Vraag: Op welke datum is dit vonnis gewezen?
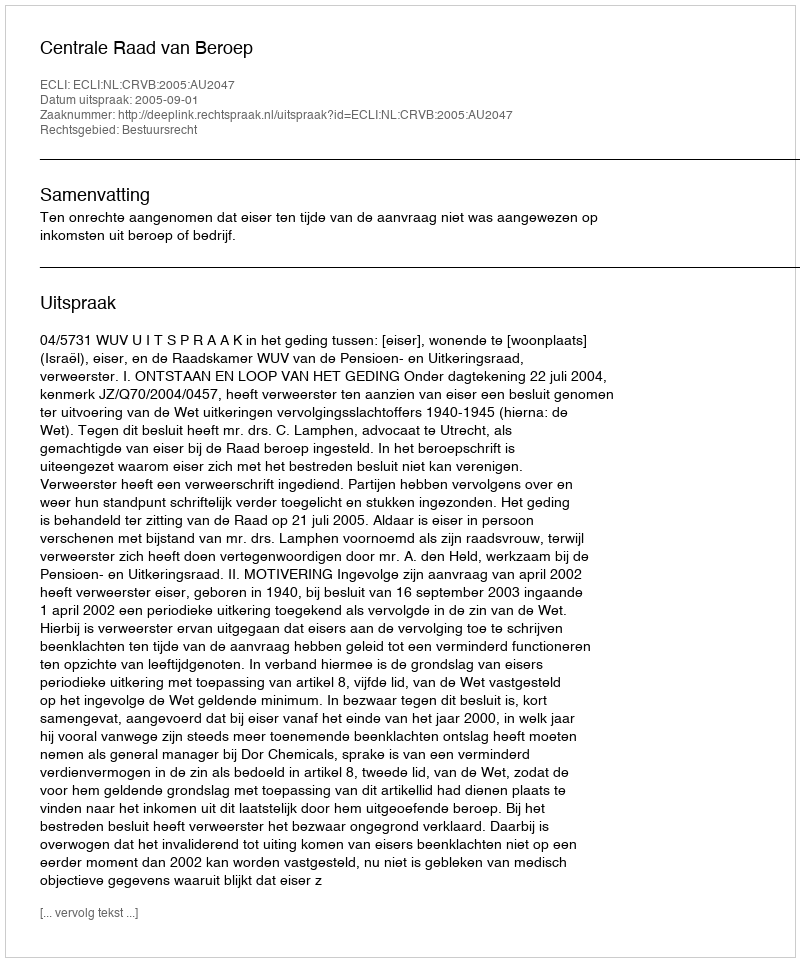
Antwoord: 2005-09-01